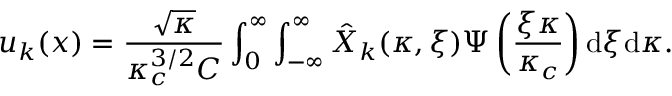
u _ { k } ( x ) = \frac { \sqrt { \kappa } } { \kappa _ { c } ^ { 3 / 2 } C } \int _ { 0 } ^ { \infty } \int _ { - \infty } ^ { \infty } \hat { X } _ { k } ( \kappa , \xi ) \Psi \left( \frac { \xi \kappa } { \kappa _ { c } } \right) \mathrm { d } \xi \mathrm { d } \kappa .